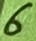
Text: 6